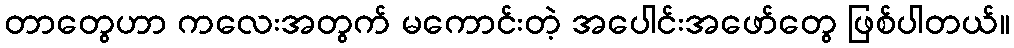
တာတွေဟာ ကလေးအတွက် မကောင်းတဲ့ အပေါင်းအဖော်တွေ ဖြစ်ပါတယ်။